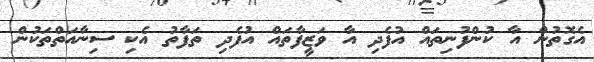
އެގޮތުން އާ ކުންފުނިތައް އުފެދި އާ ވަޒީފާތައް އުފެދި ތަފާތު އެކި ސިނާއަތްތަކުން